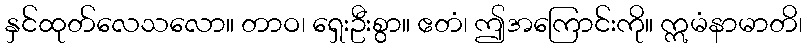
နှင်ထုတ်လေသလော။ တာဝ၊ ရှေးဦးစွာ။ ဧတံ၊ ဤအကြောင်းကို။ ဣမံနာမာတိ၊